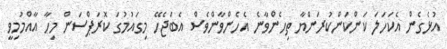
އުޅެގެން އެކަހަލަ ކަންކަންކުރަންޔާ ތިހެންވާނެ އެހެންވާންވެސް އެބަޖެހޭ މިގައުމުގަ ކޮރަޕްސަން މިހާ އާއްމުމިވީ